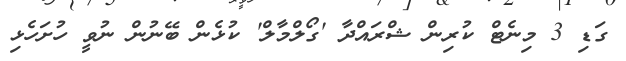
ގަޑި 3 މިނެޓް ކުރިން ޝްރައްދާ 'ގޯލްމާލް' ކުޅެން ބޭނުން ނުވީ ހުށަހެޅި